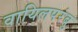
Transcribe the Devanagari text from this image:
वायिलपरंबु